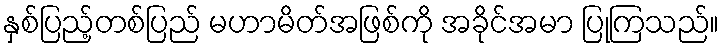
နှစ်ပြည့်တစ်ပြည် မဟာမိတ်အဖြစ်ကို အခိုင်အမာ ပြုကြသည်။